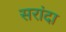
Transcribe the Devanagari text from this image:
सरांदा